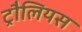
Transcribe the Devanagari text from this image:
ट्रौलियस